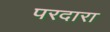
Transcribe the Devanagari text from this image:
परदारा